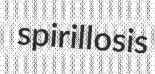
spirillosis